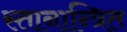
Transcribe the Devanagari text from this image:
स्तानान्त्रित